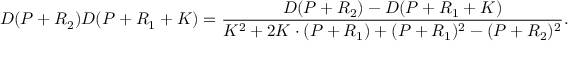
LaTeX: D ( P + R _ { 2 } ) D ( P + R _ { 1 } + K ) = \frac { D ( P + R _ { 2 } ) - D ( P + R _ { 1 } + K ) } { K ^ { 2 } + 2 K \cdot ( P + R _ { 1 } ) + ( P + R _ { 1 } ) ^ { 2 } - ( P + R _ { 2 } ) ^ { 2 } } .